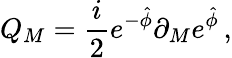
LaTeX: Q_{M}={\frac{i}{2}}e^{-\hat{\phi}}\partial_{M}e^{\hat{\phi}}\, ,